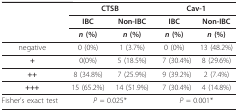
<table><thead><tr><td></td><td colspan="2"><b>CTSB</b></td><td colspan="2"><b>Cav-1</b></td></tr><tr><td></td><td><b>IBC</b></td><td><b>Non-IBC</b></td><td><b>IBC</b></td><td><b>Non-IBC</b></td></tr><tr><td></td><td><b><i>n </i>(%)</b></td><td><b><i>n </i>(%)</b></td><td><b><i>n </i>(%)</b></td><td><b><i>n </i>(%)</b></td></tr></thead><tbody><tr><td>negative</td><td>0 (0%)</td><td>1 (3.7%)</td><td>0 (0%)</td><td>13 (48.2%)</td></tr><tr><td><b>+</b></td><td>0(0%)</td><td>5 (18.5%)</td><td>7 (30.4%)</td><td>8 (29.6%)</td></tr><tr><td><b>++</b></td><td>8 (34.8%)</td><td>7 (25.9%)</td><td>9 (39.2%)</td><td>2 (7.4%)</td></tr><tr><td><b>+++</b></td><td>15 (65.2%)</td><td>14 (51.9%)</td><td>7 (30.4%)</td><td>4 (14.8%)</td></tr><tr><td>Fisher&#x27;s exact test</td><td colspan="2"><i>P </i>= 0.025*</td><td colspan="2"><i>P </i>= 0.001*</td></tr></tbody></table>